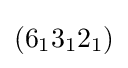
(6_{1}3_{1}2_{1})